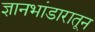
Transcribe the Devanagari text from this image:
ज्ञानभांडारातून